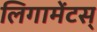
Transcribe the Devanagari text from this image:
लिगामेंटस्